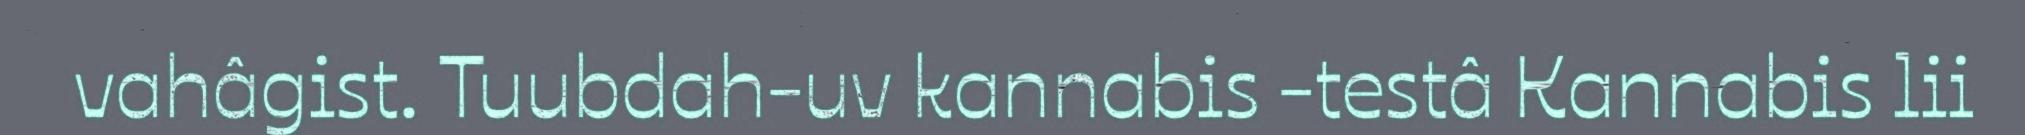
vahâgist. Tuubdah-uv kannabis -testâ Kannabis lii